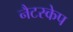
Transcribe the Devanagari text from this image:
नैटस्केप